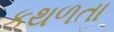
કથળતા